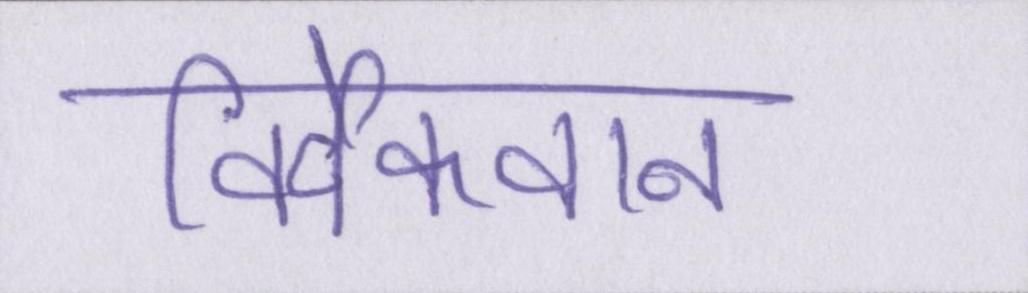
विवेकवान